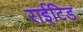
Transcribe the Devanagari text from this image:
राईटिड